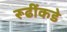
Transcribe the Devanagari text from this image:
रूढींकडे